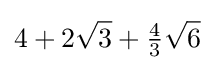
4+2{\sqrt {3}}+{\tfrac {4}{3}}{\sqrt {6}}